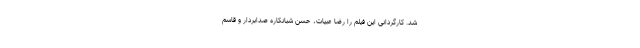
شد. کارگردانی این فیلم را رضا عبیات، حسن شبانکاره صدابردار و قاسم